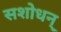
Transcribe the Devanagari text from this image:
सशोधन्